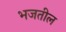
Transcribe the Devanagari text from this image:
भजतील